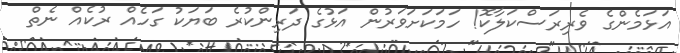
އަޅަމެންގެ ވެރިރަސްކަލާކޮ! ހަމަކަށަވަރުން އަޅުގެ ދަރިންކުރެ ބަޔަކު ގަހެއް ރުކެއް ނެތް